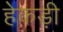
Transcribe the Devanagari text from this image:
हेकड़ी